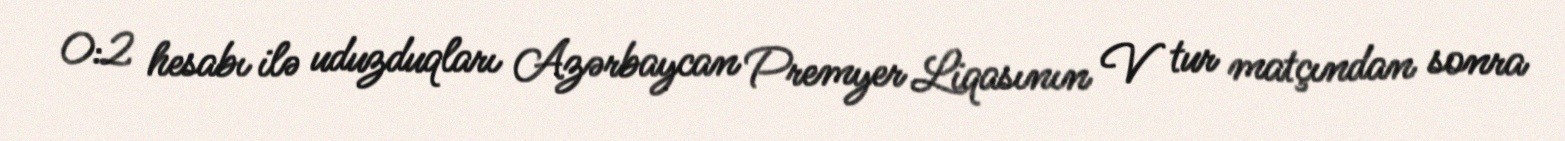
0:2 hesabı ilə uduzduqları Azərbaycan Premyer Liqasının V tur matçından sonra